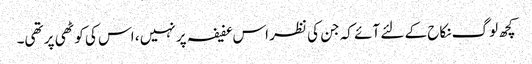
کچھ لوگ نکاح کے لئے آئے کہ جن کی نظر اس عفیفہ پر نہیں ، اس کی کوٹھی پر تھی۔